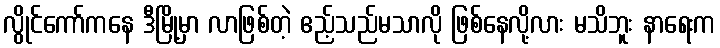
လွိုင်ကော်ကနေ ဒီမြို့မှာ လာဖြစ်တဲ့ ဧည့်သည်မသာလို ဖြစ်နေလို့လား မသိဘူး နာရေးက